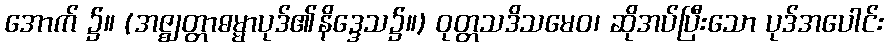
အောက် ၌။ (အဇ္ဈတ္တာဓမ္မာပုဒ်၏နိဒ္ဒေသ၌။) ဝုတ္တသဒိသမေဝ၊ ဆိုအပ်ပြီးသော ပုဒ်အပေါင်း